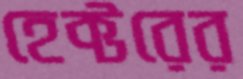
হেক্টরের